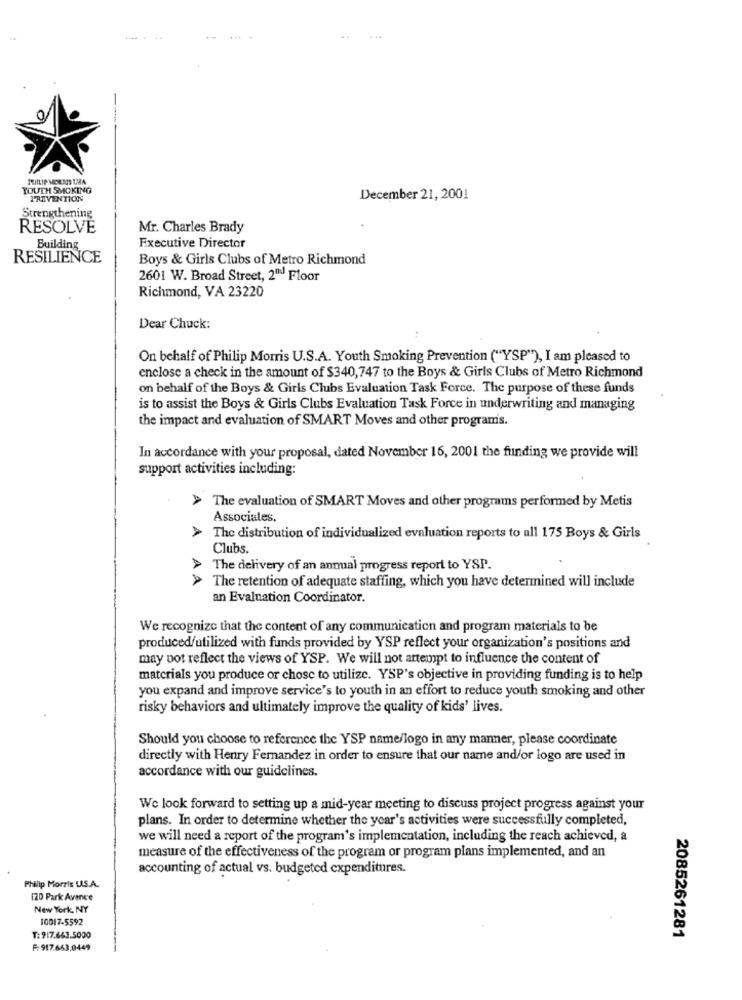
YOUTH SMOKING
PREVENTION
December 21, 2001
Strengthening
RESOLVE
Mr. Charles Brady
Executive Director
Building
RESILIENCE
Boys & Girls Clubs of Metro Richmond
2601 W. Broad Street, 2" Floor
Richmond, VA 23220
Dear Chuck:
On behalf of Philip Morris U.S.A. Youth Smoking Prevention ("YSP"), I am pleased to
enclose a check in the amount of $340,747 to the Boys & Girls Clubs of Metro Richmond
on behalf of the Boys & Girls Clubs Evaluation Task Force. The purpose of these funds
is to assist the Boys & Girls Clubs Evaluation Task Force in underwriting and managing
the impact and evaluation of SMART Moves and other programs.
In accordance with your proposal, dated November 16, 2001 the funding we provide will
support activities including:
A
The evaluation of SMART Moves and other programs performed by Metis
Associates,
A
The distribution of individualized evaluation reports to all 175 Boys & Girls
Clubs.
> The delivery of an anmal progress report to YSP.
> The retention of adequate staffing, which you have determined will include
an Evaluation Coordinator.
We recognize that the content of any communication and program materials to be
produced/utilized with funds provided by YSP reflect your organization's positions and
may not reflect the views of YSP. We will not attempt to influence the content of
materials you produce or chose to utilize. YSP's objective in providing funding is to help
you expand and improve service's to youth in an effort to reduce youth smoking and other
risky behaviors and ultimately improve the quality of kids' lives.
Should you choose to reference the YSP name/logo in any manner, please coordinate
directly with Henry Fernandez in order to ensure that our name and/or logo are used in
accordance with our guidelines.
We look forward to setting up a mid-year meeting to discuss project progress against your
plans. In order to determine whether the year's activities were successfully completed,
we will need a report of the program's implementation, including the reach achieved, a
measure of the effectiveness of the program or program plans implemented, and an
accounting of actual vs. budgeted expenditures.
Philip Morris U.S.A.
120 Park Avence
New York, NY
10017-5592
T: 917.663.5000
2085261281
F: 917.663,0449